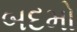
બદમો